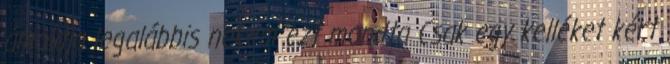
ámoldja legalábbis nekem ezt mondta Csak egy kelléket kért